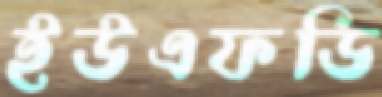
ইউএফডি